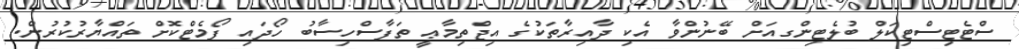
ސްޓެޓިސްޓިކަލް ބުލެޓިންގއަށް ބޭނުންވާ އެކި ދާއިރާތަކުގެ އިޖްތިމާޢީ ތަފާސްހިސާބު ހޯދައި ފޯމެޓްކޮށް ތައްޔާރުކުރުން.